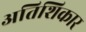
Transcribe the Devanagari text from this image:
अतिशिकार